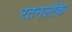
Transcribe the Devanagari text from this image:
रतनलोके